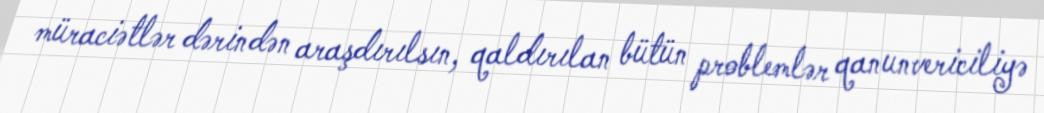
müraciətlər dərindən araşdırılsın, qaldırılan bütün problemlər qanunvericiliyə